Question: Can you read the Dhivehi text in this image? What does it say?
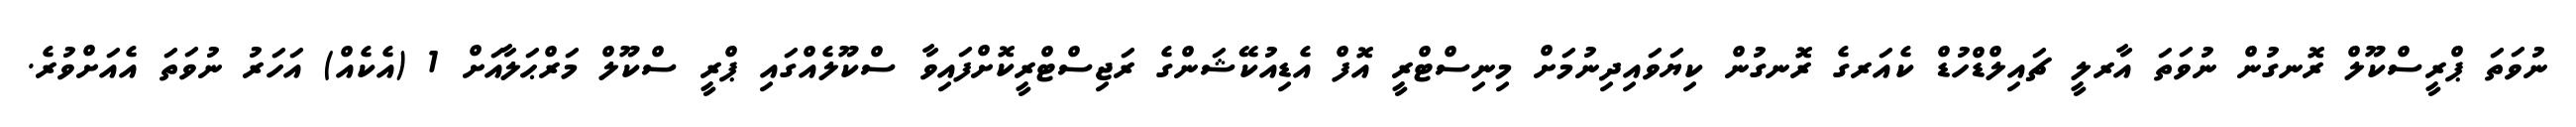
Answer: ނުވަތަ ޕްރީސްކޫލް ރޮނގުން ނުވަތަ އާރލީ ޗައިލްޑްހުޑް ކެއަރގެ ރޮނގުން ކިޔަވައިދިނުމަށް މިނިސްޓްރީ އޮފް އެޑިއުކޭޝަންގެ ރަޖިސްޓްރީކޮށްފައިވާ ސްކޫލެއްގައި ޕްރީ ސްކޫލް މަރްޙަލާއަށް 1 (އެކެއް) އަހަރު ނުވަތަ އެއަށްވުރެ.